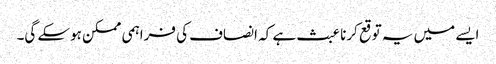
ایسے میں یہ توقع کرنا عبث ہے کہ انصاف کی فراہمی ممکن ہوسکے گی۔